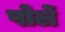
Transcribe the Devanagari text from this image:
पोर्ले